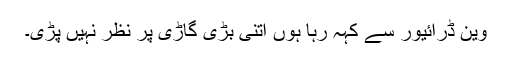
وین ڈرائیور سے کہہ رہا ہوں اتنی بڑی گاڑی پر نظر نہیں پڑی۔